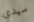
سيدي